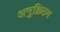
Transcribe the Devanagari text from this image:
अनुक्रितम